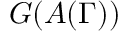
G ( A ( \Gamma ) )